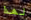
لهذا